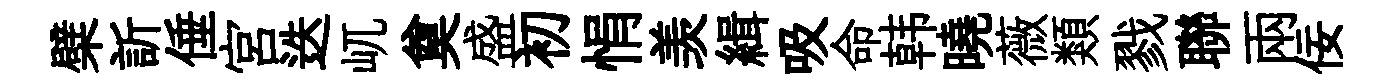
檗訢倕宫迭屼奠盛初悁羡緝吸命韩曉薇類戮聯兩佞